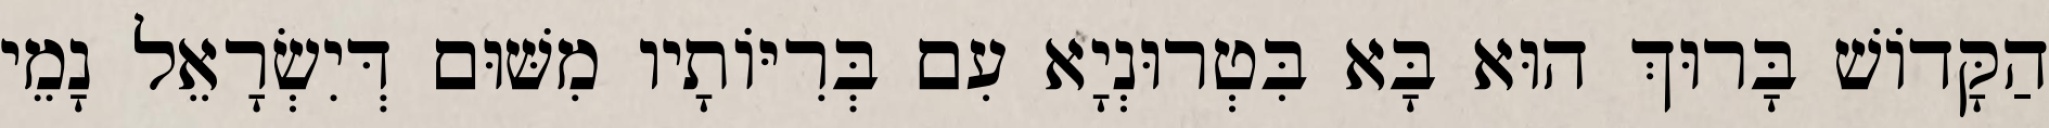
הַקָּדוֹשׁ בָּרוּךְ הוּא בָּא בִּטְרוּנְיָא עִם בְּרִיּוֹתָיו מִשּׁוּם דְּיִשְׂרָאֵל נָמֵי